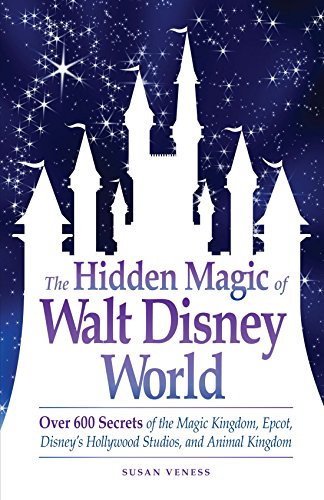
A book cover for The Hidden Magic of Walt Disney World: Over 600 Secrets of the Magic Kingdom, Epcot, Disney's Hollywood Studios, and Animal Kingdom; Susan Veness; Travel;